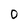
Character: 0